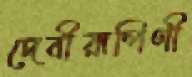
দেবীরূপিণী